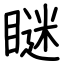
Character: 瞇